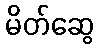
မိတ်ဆွေ